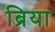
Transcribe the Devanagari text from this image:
ब्रिया